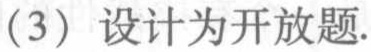
（3）设计为开放题.